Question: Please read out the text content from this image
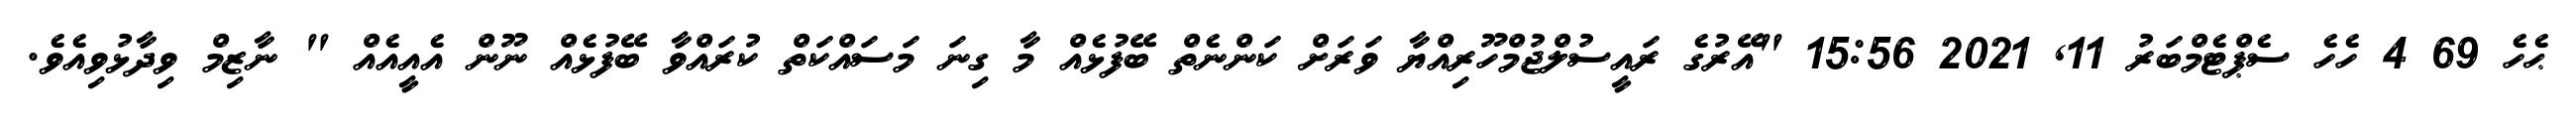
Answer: ޙެހެ 69 4 ހެހެ ސެޕްޓެމްބަރު 11, 2021 15:56 "އޭރުގެ ރައީސުލްޖުމްހޫރިއްޔާ ވަރަށް ކަންނެތް ބޭފުޅެއް މާ ގިނަ މަސައްކަތް ކުރައްވާ ބޭފުޅެއް ނޫން އެއީއެއް " ނާޒިމް ވިދާޅުވިއެވެ.